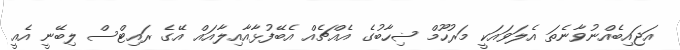
އަޖައިބެއްނުވާނެތަ އެލަވައަކީ މަރުހޫމް ޟިހާބުގެ އެއްޗެއް އެބޭފުޅާއާއިލާއައް އޭގެ ރައިޓްސް ލިބޭނީ އެއީ